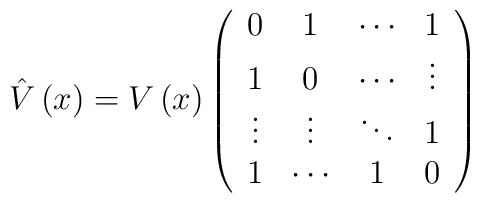
\hat V\left( x\right) =V\left( x\right) \left(\begin{array}{cccc}0 & 1 & \cdots & 1 \\1 & 0 & \cdots & \vdots \\\vdots & \vdots & \ddots & 1 \\1 & \cdots & 1 & 0\end{array}\right)